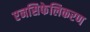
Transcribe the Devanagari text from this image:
एनसिफेलिकरण